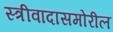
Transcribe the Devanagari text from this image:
स्त्रीवादासमोरील